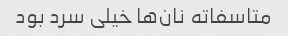
متاسفاته نان‌ها خیلی سرد بود